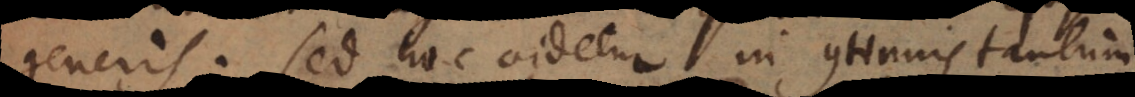
generis. Sed hoc videtur in continuis tantum